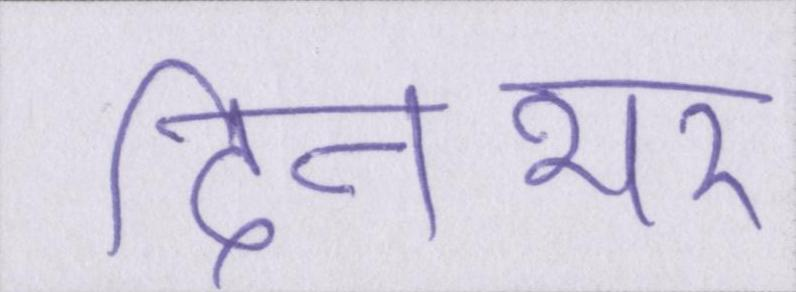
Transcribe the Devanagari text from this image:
दिनभर